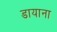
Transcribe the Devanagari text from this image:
डायाना